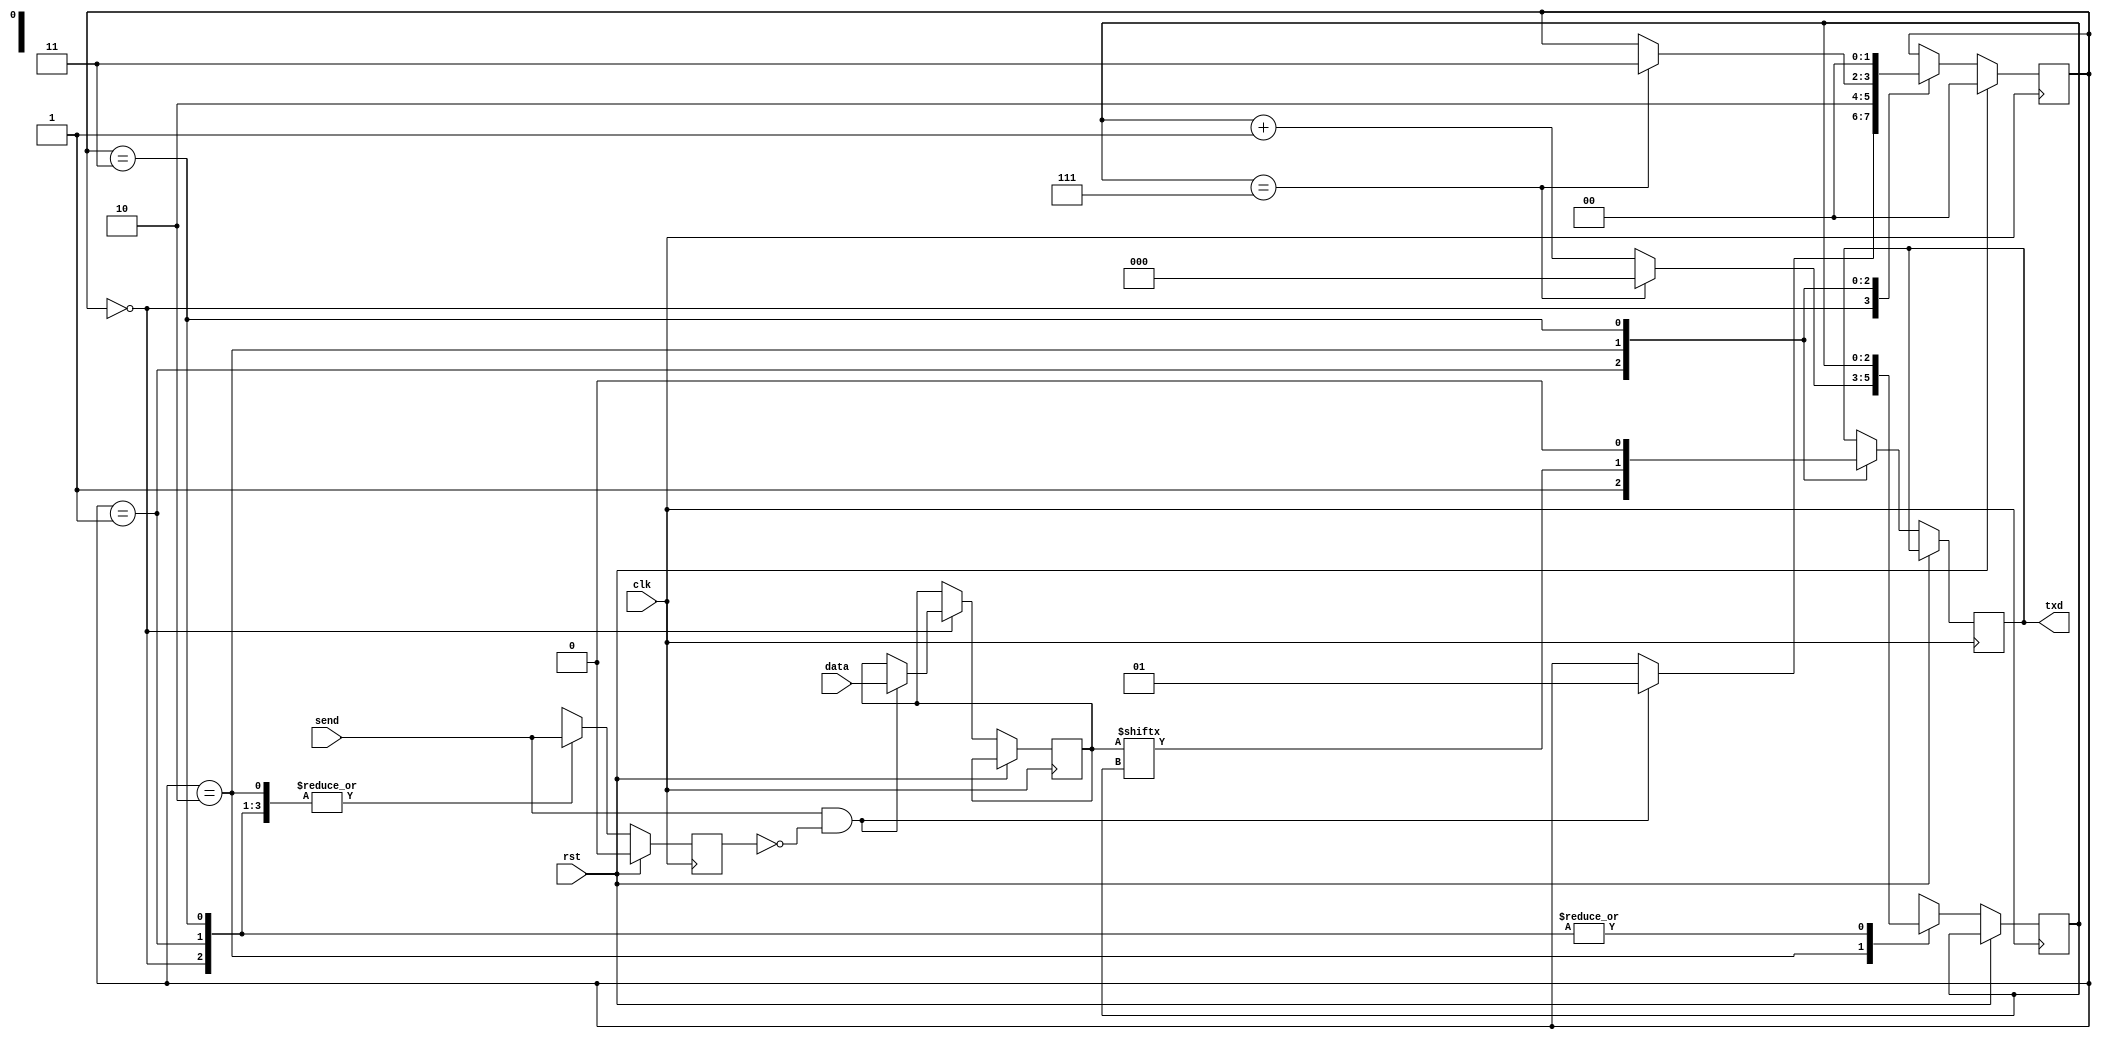
`timescale 1ns / 1ps
//////////////////////////////////////////////////////////////////////////////////
// Company: 
// Engineer: 
// 
// Design Name: 
// Module Name: maszyna_stanow
// Project Name: 
// Target Devices: 
// Tool Versions: 
// Description: 
// 
// Dependencies: 
// 
// Revision:
// Revision 0.01 - File Created
// Additional Comments:
// 
//////////////////////////////////////////////////////////////////////////////////


module maszyna_stanow(
    input clk,
    input rst,
    input send,
    input [7:0]data,
    output txd
    );
localparam state0 = 2'd0; 
localparam state1 = 2'd1;
localparam state2 = 2'd2;
localparam state3 = 2'd3;

reg send_status = 1'b0;
reg [1:0]state = state0;
reg r_txd = 0;
reg [7:0]r_data = 8'd0;
reg [2:0] cnt = 3'd0;

always @ (posedge clk)
    begin
        // send_status <= send;
        if(rst)
            begin
            state<=state0;
            // cnt <= 3'd0;
            send_status <= 1'b0;
            end
        else
            begin
            case(state)
            state0:
                begin
                if(send & ~send_status)
                    begin
                    r_data <= data;
                    state<= state1;
                    end
                send_status <= send;
                end
            state1:
                begin
                r_txd <= 1'b1;
                state<= state2;
                send_status <= send;
                end
            state2:
                begin
                if (cnt == 7)
                    begin
                    r_txd <= r_data[cnt];
                    cnt = 3'd0;
                    state<= state3;
                    end
                else
                    begin
                    r_txd <= r_data[cnt];
                    cnt <= cnt +1;
                    end
                send_status <= send;
                end
            state3:
                begin
                r_txd <= 1'b0;
                state <= state0;
                send_status <= send;
                end
            endcase
            end
    end
assign txd = r_txd;
endmodule